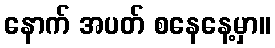
နောက် အပတ် စနေနေ့မှာ။